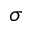
\sigma